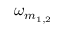
\omega _ { m _ { 1 , 2 } }